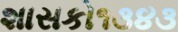
શાસકો૧૩૪૩